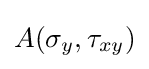
A(\sigma _{y},\tau _{xy})